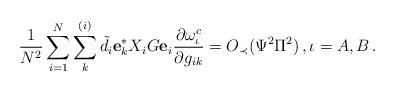
LaTeX: \begin{align*}\frac{1}{N^2}\sum_{i=1}^N \sum_k^{(i)} \tilde{d}_i \mathbf{e}_k^* X_i G\mathbf{e}_i \frac{\partial \omega_\iota^c}{\partial g_{ik}}=O_\prec(\Psi^2\Pi^2)\,, \iota=A,B\,. \end{align*}